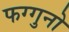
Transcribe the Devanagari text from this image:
फग्गुनो